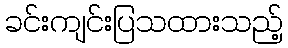
ခင်းကျင်းပြသထားသည့်